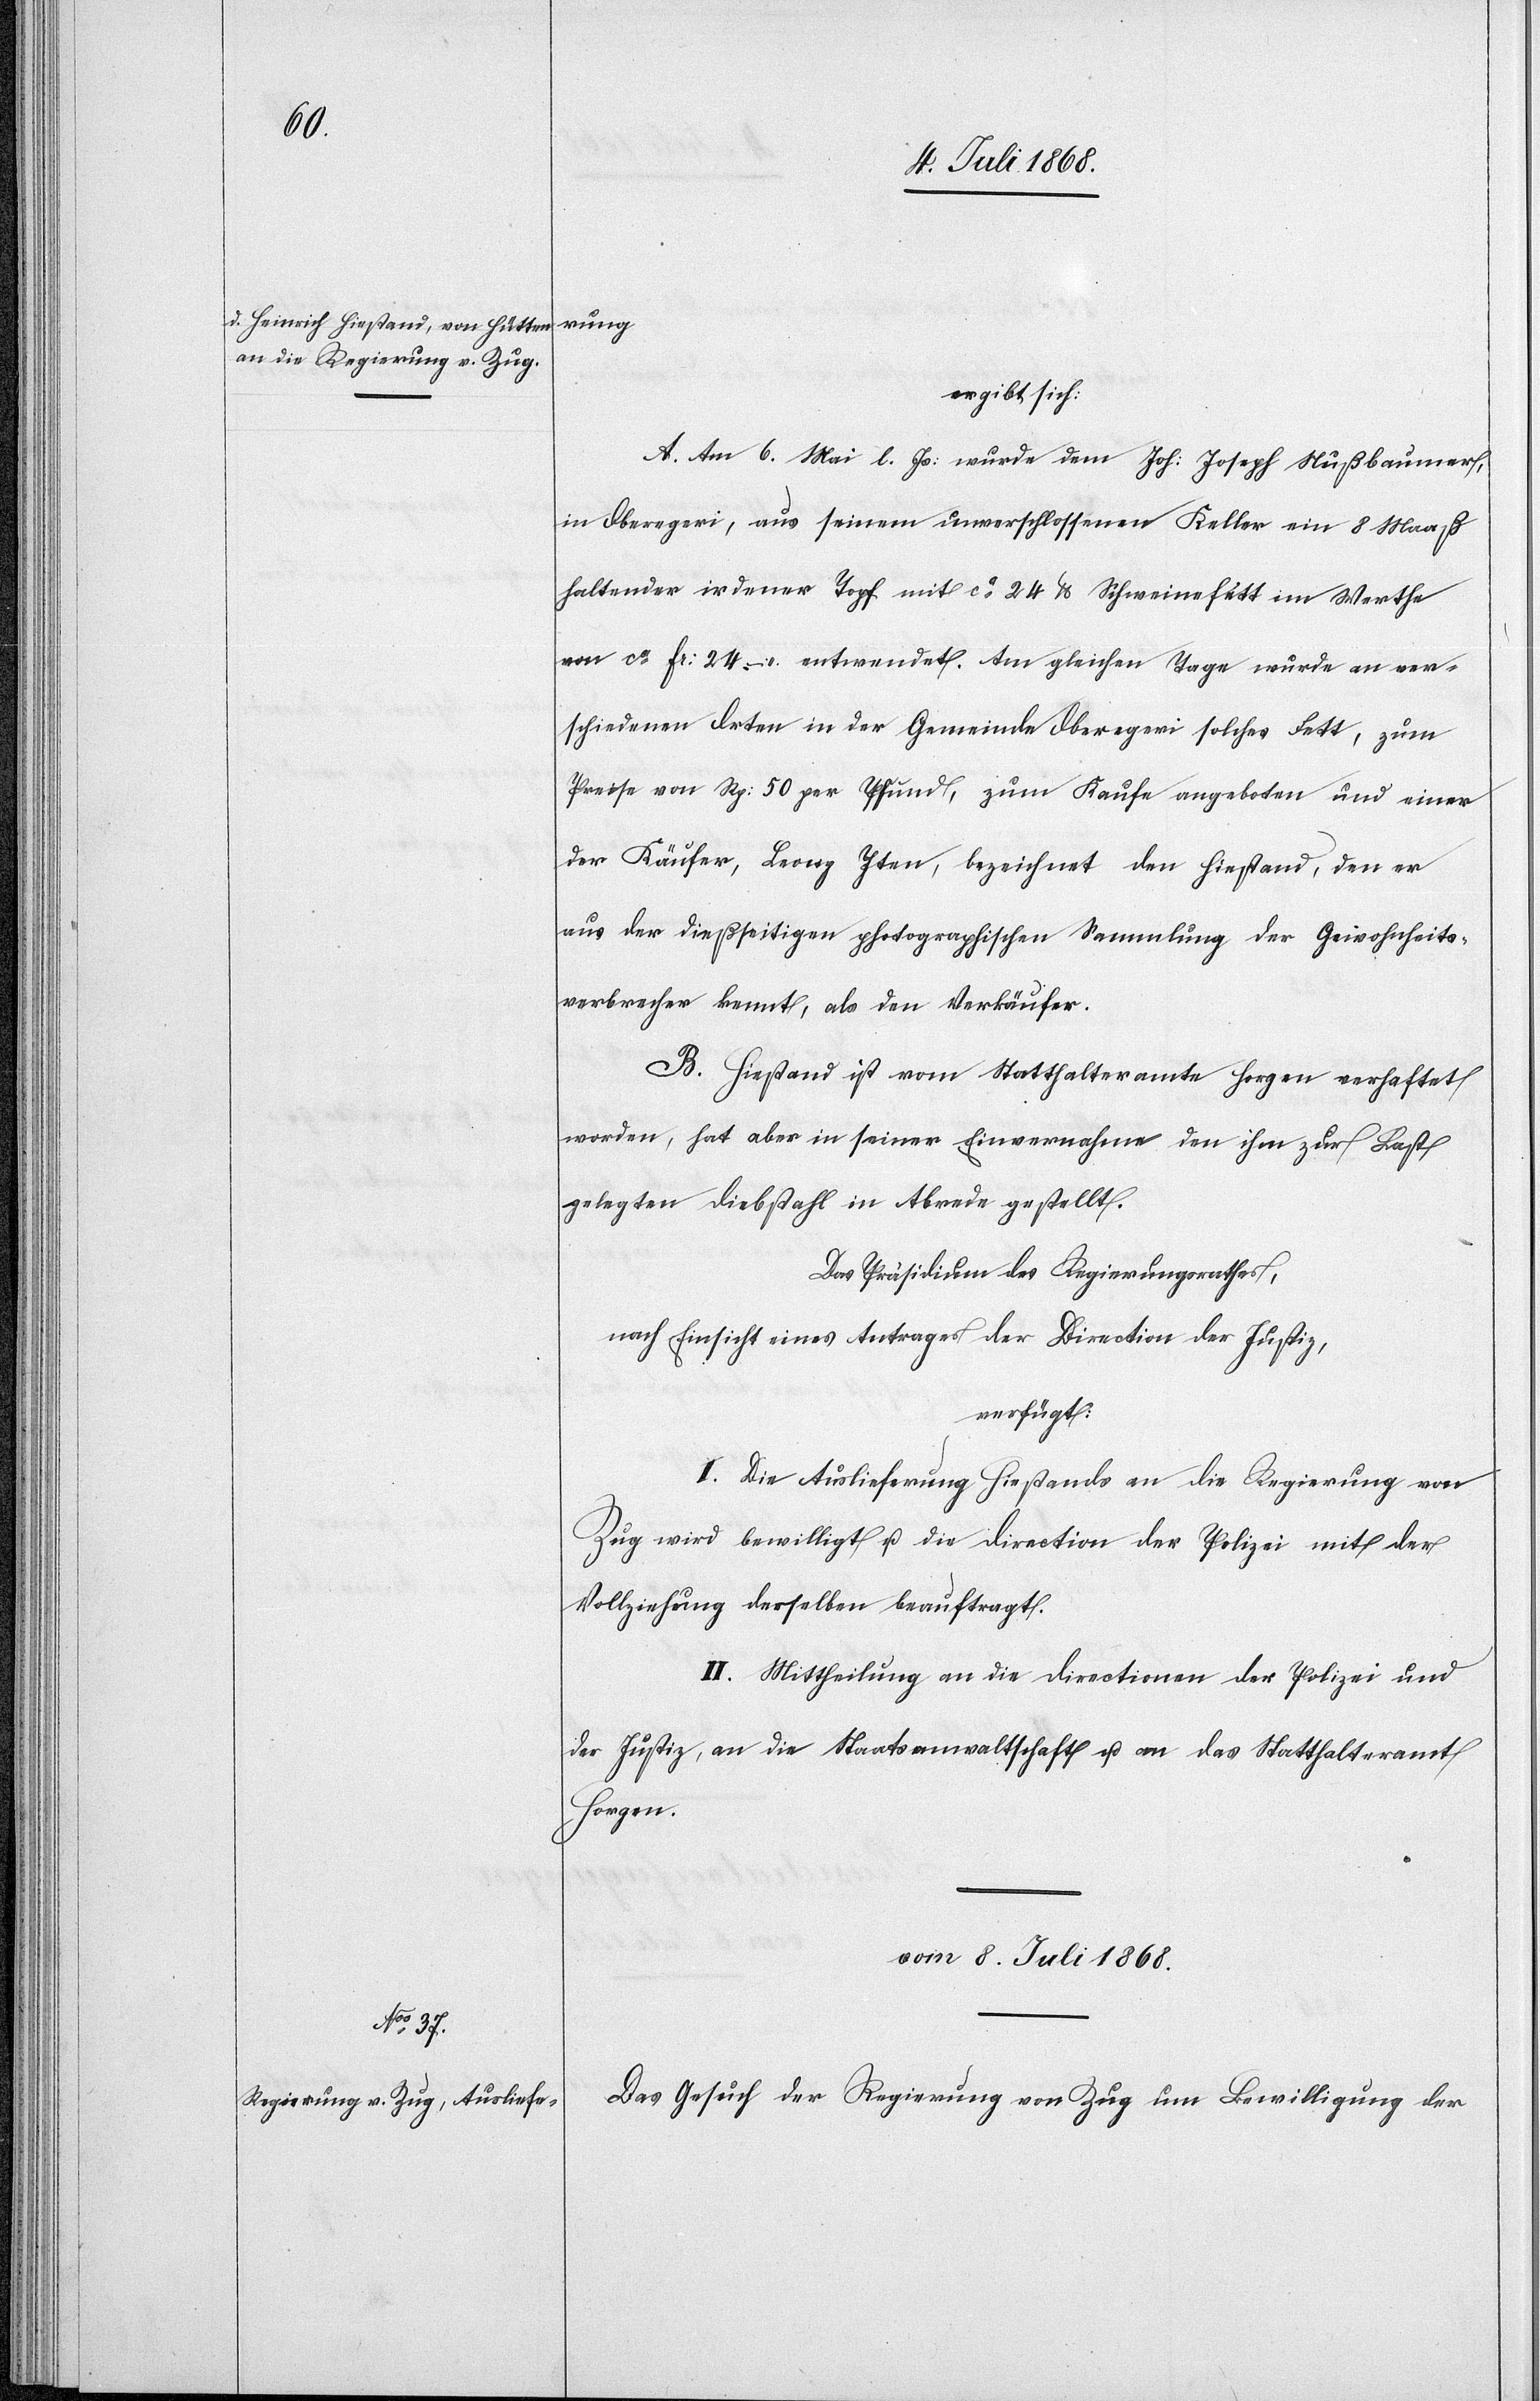
ergibt sich:
A. Am 6. Mai l. Js: wurde dem Joh: Joseph Nußbaumer,
in Oberegeri, aus seinem unverschlossenen Keller ein 8 Maaß
haltender irdener Topf mit ca 24 lb. Schweinefett im Werthe
von ca Fr: 24. – entwendet. Am gleichen Tage wurde an ver¬
schiedenen Orten in der Gemeinde Oberegeri solches Fett, zum
Preise von Rp: 50 per Pfund, zum Kaufe angeboten und einer
der Käufer, Leonz Iten, bezeichnet den Hiestand, den er
aus der dießseitigen photographischen Sammlung der Gewohnheits¬
verbrecher kennt, als den Verkäufer.
B. Hiestand ist vom Statthalteramte Horgen verhaftet
worden, hat aber in seiner Einvernahme den ihm zur Last
gelegten Diebstahl in Abrede gestellt.
Das Präsidium des Regierungsrathes,
nach Einsicht eines Antrages der Direction der Justiz,
verfügt:
I. Die Auslieferung Hiestands an die Regierung von
Zug wird bewilligt u. die Direction der Polizei mit der
Vollziehung derselben beauftragt.
II. Mittheilung an die Directionen der Polizei und
der Justiz, an die Staatsanwaltschaft u. an das Statthalteramt
Horgen.
vom 8. Juli 1868.
Das Gesuch der Regierung von Zug um Bewilligung der